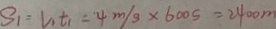
S _ { 1 } = V _ { 1 } t _ { 1 } = 4 m / s \times 6 0 0 s = 2 4 0 0 m